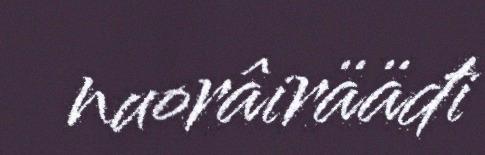
nuorâirääđi